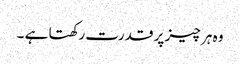
وہ ہر چیز پر قدرت رکھتا ہے ۔